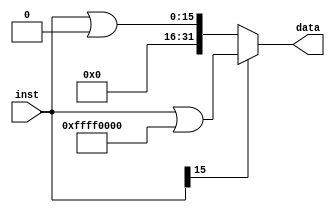
`timescale 1ns / 1ps
//////////////////////////////////////////////////////////////////////////////////
// Company: 
// Engineer: 
// 
// Design Name: 
// Module Name: Signext
// Project Name: 
// Target Devices: 
// Tool Versions: 
// Description: 
// 
// Dependencies: 
// 
// Revision:
// Revision 0.01 - File Created
// Additional Comments:
// 
//////////////////////////////////////////////////////////////////////////////////


module Signext(
    input [15:0] inst,
    output [31:0] data
    );
    
    assign data = (inst[15]) ? (inst | 32'hffff0000) : (inst | 32'h00000000);
    
endmodule